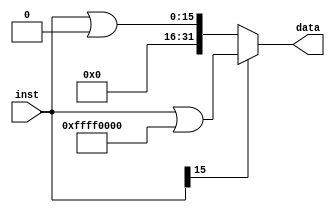
`timescale 1ns / 1ps
//////////////////////////////////////////////////////////////////////////////////
// Company: 
// Engineer: 
// 
// Design Name: 
// Module Name: Signext
// Project Name: 
// Target Devices: 
// Tool Versions: 
// Description: 
// 
// Dependencies: 
// 
// Revision:
// Revision 0.01 - File Created
// Additional Comments:
// 
//////////////////////////////////////////////////////////////////////////////////


module Signext(
    input [15:0] inst,
    output [31:0] data
    );
    
    assign data = (inst[15]) ? (inst | 32'hffff0000) : (inst | 32'h00000000);
    
endmodule